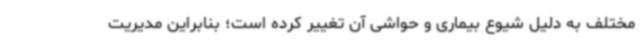
مختلف به دلیل شیوع بیماری و حواشی آن تغییر کرده است؛ بنابراین مدیریت